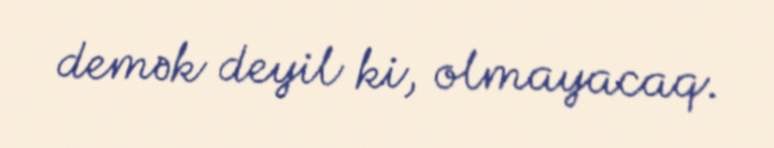
demək deyil ki, olmayacaq.